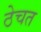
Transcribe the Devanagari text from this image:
ठेचत